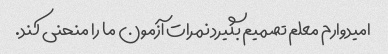
امیدوارم معلم تصمیم بگیرد نمرات آزمون ما را منحنی کند.